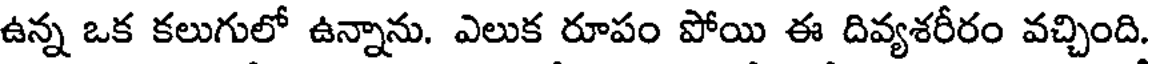
ఉన్న ఒక కలుగులో ఉన్నాను. ఎలుక రూపం పోయి ఈ దివ్యశరీరం వచ్చింది.